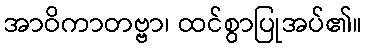
အာဝိကာတဗ္ဗာ၊ ထင်စွာပြုအပ်၏။